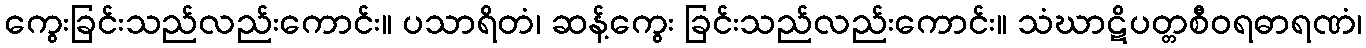
ကွေးခြင်းသည်လည်းကောင်း။ ပသာရိတံ၊ ဆန့်ကွေး ခြင်းသည်လည်းကောင်း။ သံဃာဋိပတ္တစီဝရဓာရဏံ၊